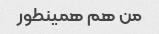
من هم همینطور